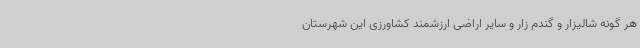
هر گونه شالیزار و گندم زار و سایر اراضی ارزشمند کشاورزی این شهرستان